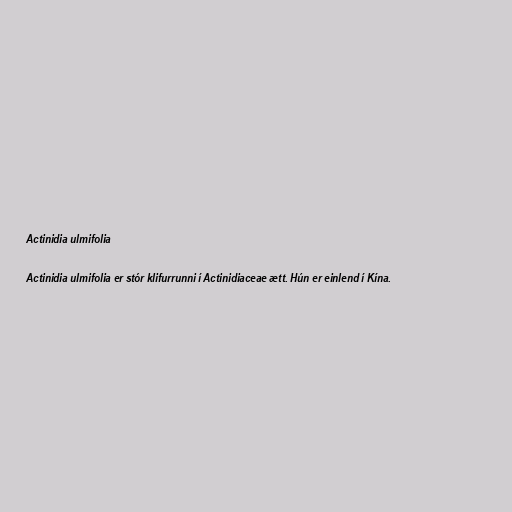
Actinidia ulmifolia

Actinidia ulmifolia er stór klifurrunni í Actinidiaceae ætt. Hún er einlend í Kína.